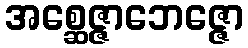
အစ္ဆေဇ္ဇာဘေဇ္ဇော